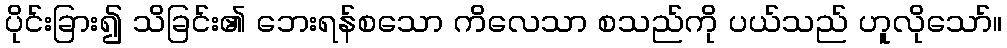
ပိုင်းခြား၍ သိခြင်း၏ ဘေးရန်စသော ကိလေသာ စသည်ကို ပယ်သည် ဟူလိုသော်။